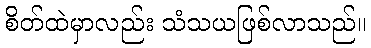
စိတ်ထဲမှာလည်း သံသယဖြစ်လာသည်။